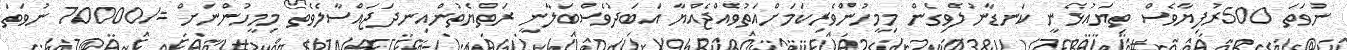
ނުވަތަ 500ރުފިޔާވެސް ތިޔައުޅެނީ ކަނޑާނުލެވިގެން މިމީހުންވެރިކަމަށްއަތުވެއްޖެއްޔާ އަބަދުވެސްބަލާނީ ރަތްޔެތުންއިނދަޖައްސާލެވެތޯ މިމީހުންނަށް =/70000 ނުވަތަ